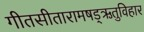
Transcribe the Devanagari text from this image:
गीतसीतारामषड्ऋतुविहार